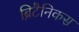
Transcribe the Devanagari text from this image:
ब्रिटैनिकस